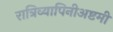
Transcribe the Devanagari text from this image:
रात्रिव्यापिनीअष्टमी